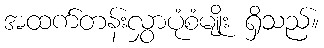
အထက်တန်းလွှာပုံစံမျိုး ရှိသည်။